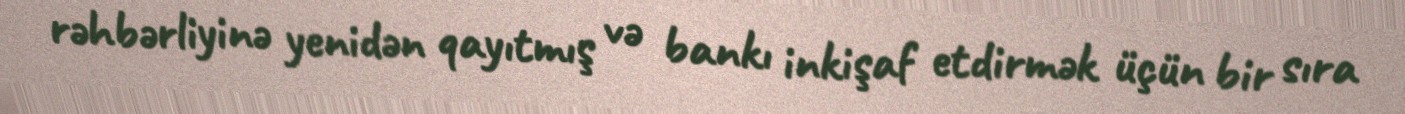
rəhbərliyinə yenidən qayıtmış və bankı inkişaf etdirmək üçün bir sıra